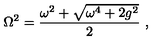
\mathrm { \Omega } ^ { 2 } = { \frac { \omega ^ { 2 } + \sqrt { \omega ^ { 4 } + 2 g ^ { 2 } } } { 2 } } \ ,